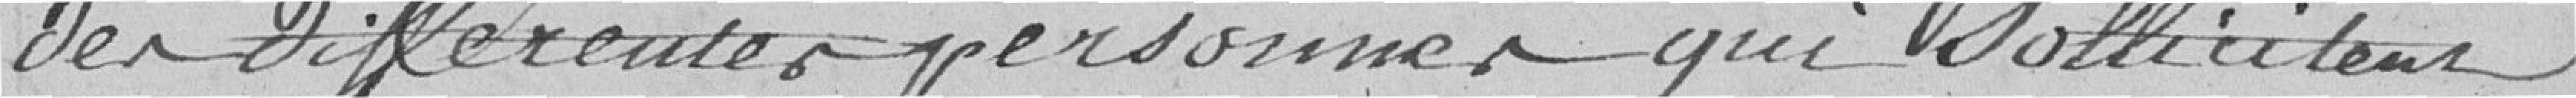
des différentes personnes qui sollicitent